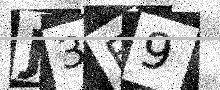
Text: J3E9